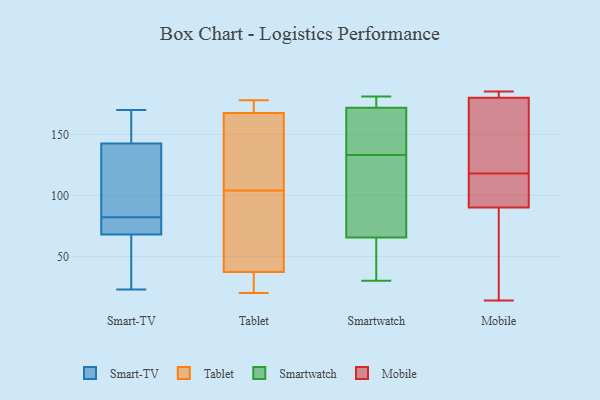
{"axis": {"x": "Customer Acquisition Cost (USD)", "y": "Value"}, "legend": ["Mobile", "Smart-TV", "Smartwatch", "Tablet"], "data": [{"x": "", "y": 70, "type": "Smart-TV"}, {"x": "", "y": 139, "type": "Smart-TV"}, {"x": "", "y": 81, "type": "Smart-TV"}, {"x": "", "y": 83, "type": "Smart-TV"}, {"x": "", "y": 134, "type": "Smart-TV"}, {"x": "", "y": 66, "type": "Smart-TV"}, {"x": "", "y": 169, "type": "Smart-TV"}, {"x": "", "y": 23, "type": "Smart-TV"}, {"x": "", "y": 146, "type": "Smart-TV"}, {"x": "", "y": 170, "type": "Smart-TV"}, {"x": "", "y": 45, "type": "Smart-TV"}, {"x": "", "y": 81, "type": "Smart-TV"}, {"x": "", "y": 97, "type": "Tablet"}, {"x": "", "y": 77, "type": "Tablet"}, {"x": "", "y": 104, "type": "Tablet"}, {"x": "", "y": 169, "type": "Tablet"}, {"x": "", "y": 163, "type": "Tablet"}, {"x": "", "y": 20, "type": "Tablet"}, {"x": "", "y": 178, "type": "Tablet"}, {"x": "", "y": 23, "type": "Tablet"}, {"x": "", "y": 24, "type": "Tablet"}, {"x": "", "y": 174, "type": "Tablet"}, {"x": "", "y": 148, "type": "Tablet"}, {"x": "", "y": 133, "type": "Smartwatch"}, {"x": "", "y": 181, "type": "Smartwatch"}, {"x": "", "y": 50, "type": "Smartwatch"}, {"x": "", "y": 168, "type": "Smartwatch"}, {"x": "", "y": 122, "type": "Smartwatch"}, {"x": "", "y": 117, "type": "Smartwatch"}, {"x": "", "y": 173, "type": "Smartwatch"}, {"x": "", "y": 62, "type": "Smartwatch"}, {"x": "", "y": 162, "type": "Smartwatch"}, {"x": "", "y": 76, "type": "Smartwatch"}, {"x": "", "y": 174, "type": "Smartwatch"}, {"x": "", "y": 30, "type": "Smartwatch"}, {"x": "", "y": 146, "type": "Smartwatch"}, {"x": "", "y": 44, "type": "Smartwatch"}, {"x": "", "y": 177, "type": "Smartwatch"}, {"x": "", "y": 112, "type": "Mobile"}, {"x": "", "y": 55, "type": "Mobile"}, {"x": "", "y": 151, "type": "Mobile"}, {"x": "", "y": 185, "type": "Mobile"}, {"x": "", "y": 95, "type": "Mobile"}, {"x": "", "y": 149, "type": "Mobile"}, {"x": "", "y": 180, "type": "Mobile"}, {"x": "", "y": 23, "type": "Mobile"}, {"x": "", "y": 14, "type": "Mobile"}, {"x": "", "y": 116, "type": "Mobile"}, {"x": "", "y": 120, "type": "Mobile"}, {"x": "", "y": 127, "type": "Mobile"}, {"x": "", "y": 90, "type": "Mobile"}, {"x": "", "y": 42, "type": "Mobile"}, {"x": "", "y": 185, "type": "Mobile"}, {"x": "", "y": 184, "type": "Mobile"}, {"x": "", "y": 180, "type": "Mobile"}, {"x": "", "y": 107, "type": "Mobile"}]}